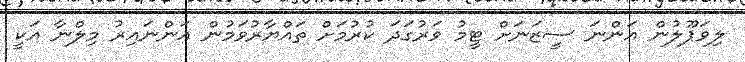
ލިވަޕޫލުން އަންނަ ސީޒަނަށް ޓީމު ވަރުގަދަ ކުރުމަށް ތައްޔާރުވަމުން އަންނައިރު މިލްނާ އަކީ